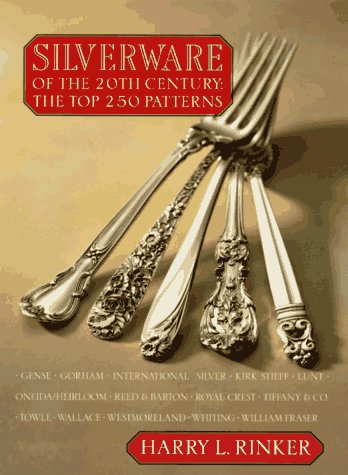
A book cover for Silverware of the 20th Century: The Top 250 Patterns; Harry L. Rinker; Crafts, Hobbies & Home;